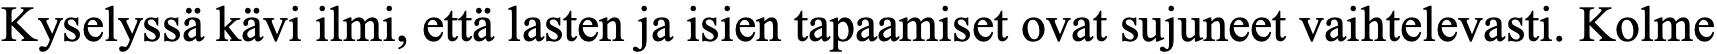
Kyselyssä kävi ilmi, että lasten ja isien tapaamiset ovat sujuneet vaihtelevasti. Kolme